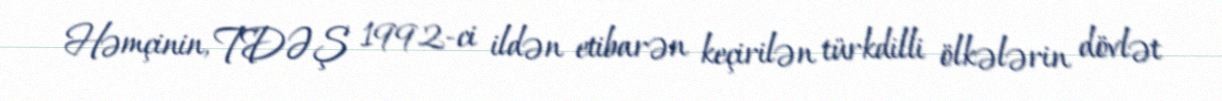
Həmçinin, TDƏŞ 1992-ci ildən etibarən keçirilən türkdilli ölkələrin dövlət